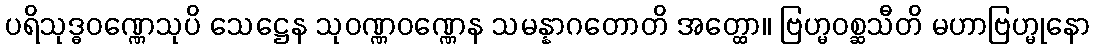
ပရိသုဒ္ဓဝဏ္ဏေသုပိ သေဋ္ဌေန သုဝဏ္ဏဝဏ္ဏေန သမန္နာဂတောတိ အတ္ထော။ ဗြဟ္မဝစ္ဆသီတိ မဟာဗြဟ္မုနော